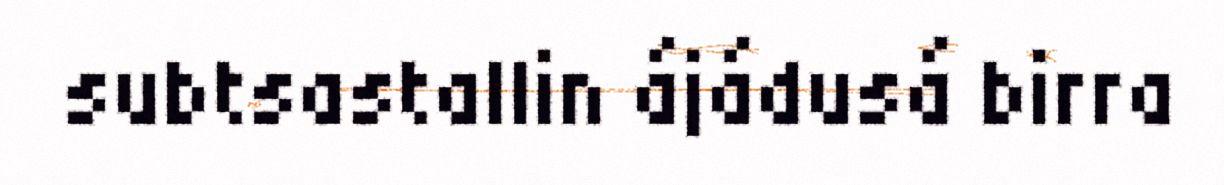
subtsastallin ájádusá birra